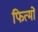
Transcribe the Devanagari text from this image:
फित्मों